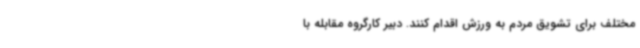
مختلف برای تشویق مردم به ورزش اقدام کنند. دبیر کارگروه مقابله با